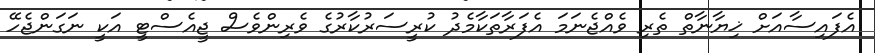
އެފައިސާއަށް ޚިޔާނާތް ތެރި ވެއްޖެނަމަ އެފަރާތަކާމެދު ކުރީސަރުކާރުގެ ވެރިންވެސް ޖީއެސްޓީ އަކީ ނަގަންޖެހޭ